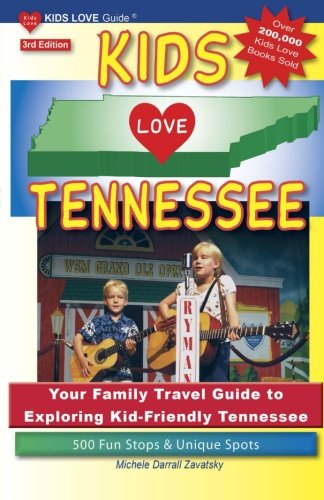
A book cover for KIDS LOVE TENNESSEE, 3rd Edition: Your Family Travel Guide to Exploring Kid-Friendly Tennessee. 500 Fun Stops & Unique Spots (Kids Love Travel Guides); Michele Darrall Zavatsky; Travel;